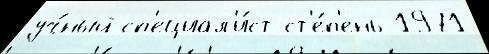
уч́ный сп'ециал'и́ст ст'е́п'ень 1971